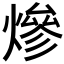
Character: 𤍜